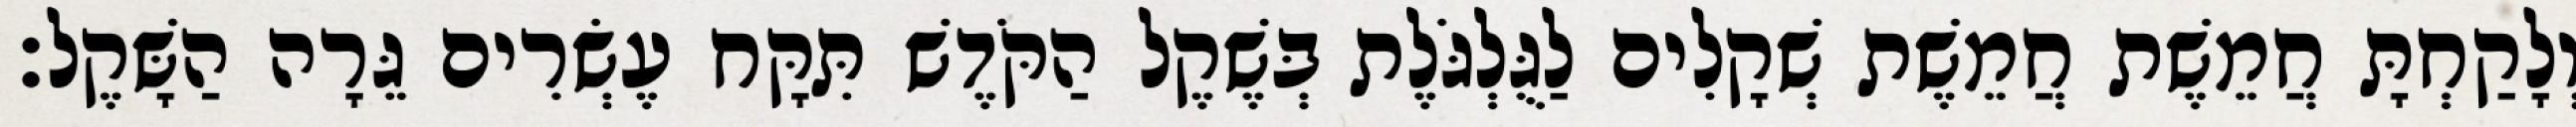
וְלָקַחְתָּ חֲמֵשֶׁת חֲמֵשֶׁת שְׁקָלִים לַגֻּלְגֹּלֶת בְּשֶׁקֶל הַקֹּדֶשׁ תִּקָּח עֶשְׂרִים גֵּרָה הַשָּׁקֶל׃